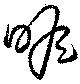
瞻